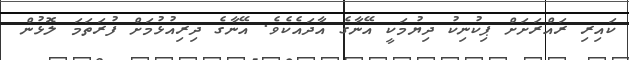
ކައިރި ރައްރަށަށް ޕިކުނިކު ދިޔުމަކީ އޭނާގެ އާދައެކެވެ. އޭނާގެ ދިރިއުޅުމަށް ފުރަތަމަަ ލޮޅުން